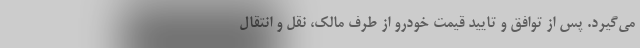
می‌گیرد. پس از توافق و تایید قیمت خودرو از طرف مالک، نقل و انتقال